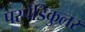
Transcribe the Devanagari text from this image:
परपेँडिकुलर